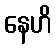
နေဟိ